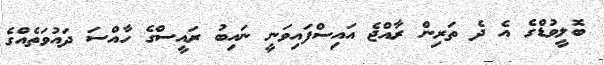
ބޮލީވުޑްގެ އެ ދެ ތަރިން ރާއްޖެ އައިސްފައިވަނީ ނައިބު ރައީސްގެ ހާއްސަ ދައުވަތެއްގެ